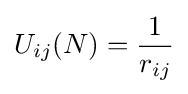
U_{ij}(N)={1 \over r_{ij}}